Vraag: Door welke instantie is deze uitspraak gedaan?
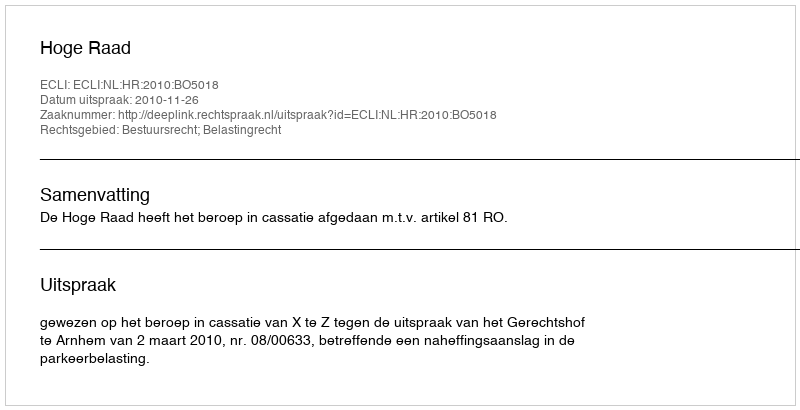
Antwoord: Hoge Raad